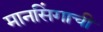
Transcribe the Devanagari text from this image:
मानसिंगाची